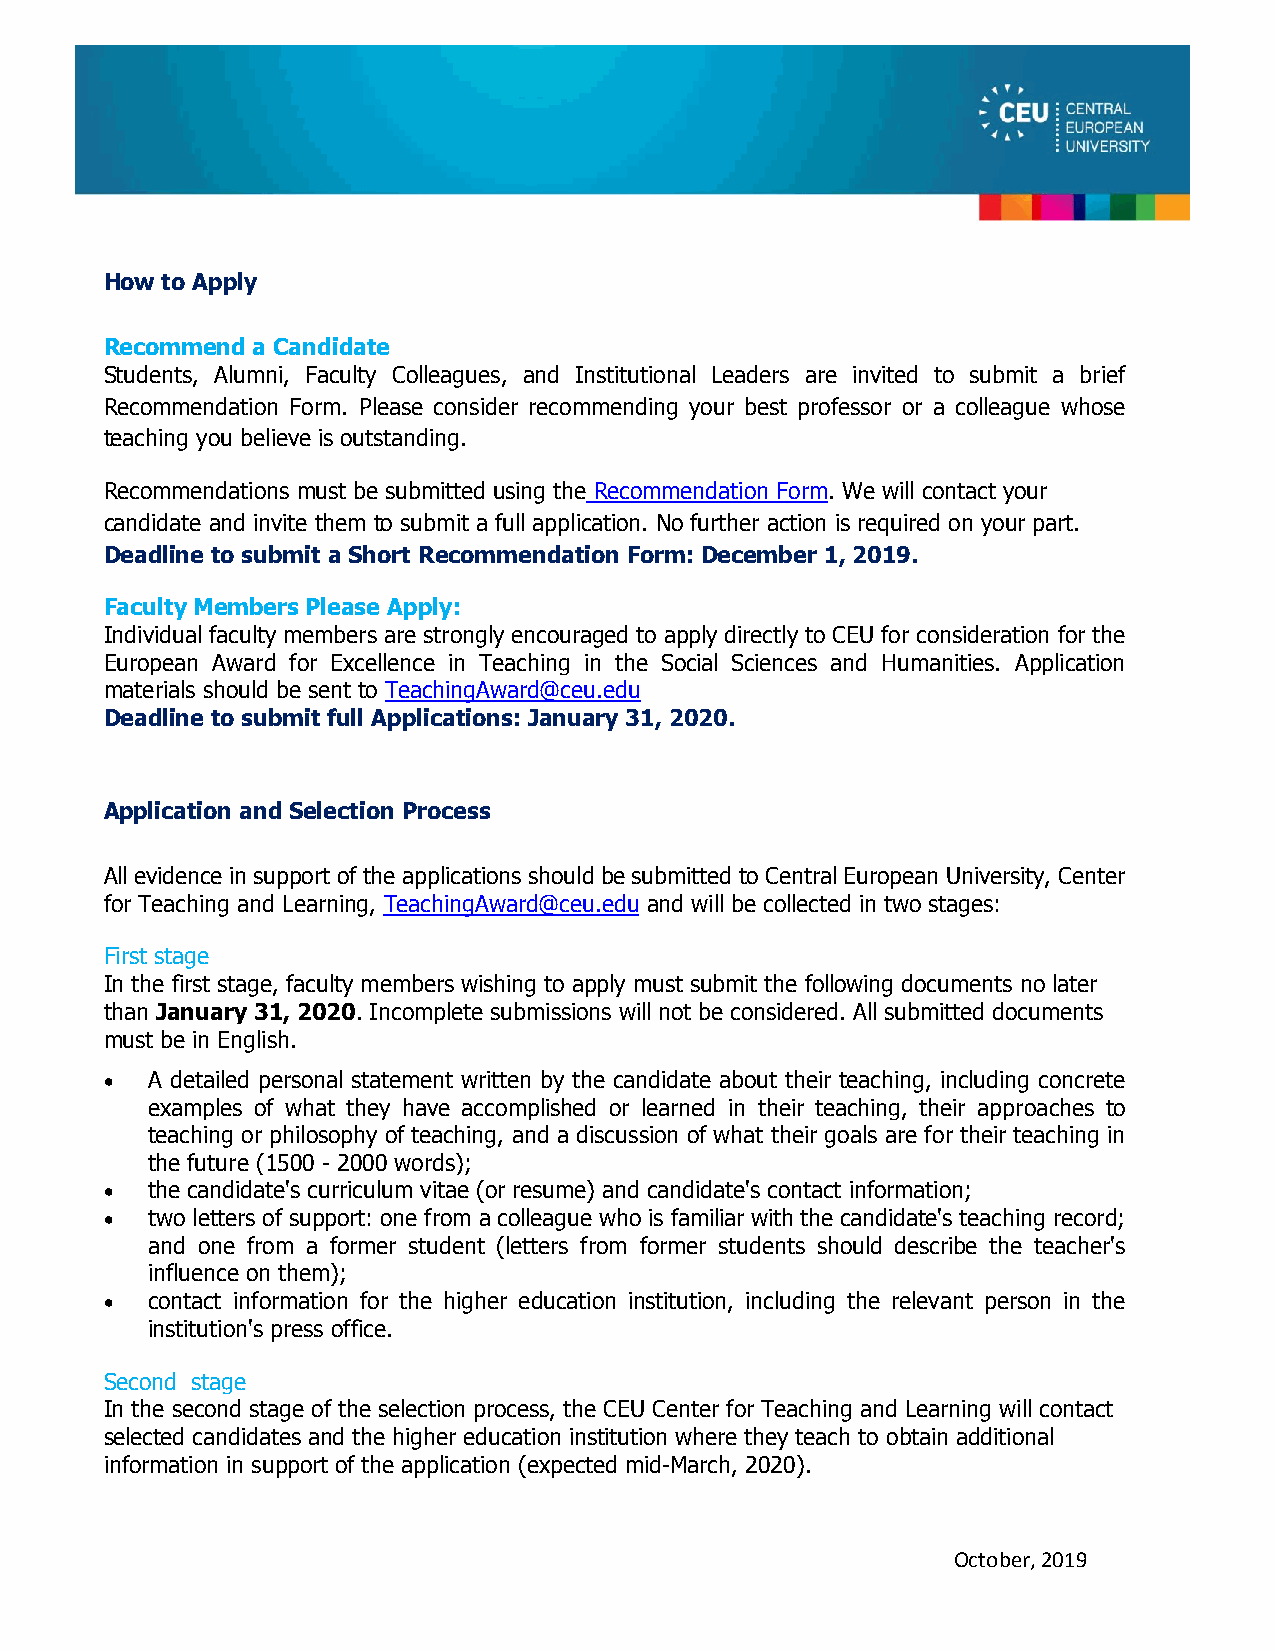
How to Apply
 Recommend a Candidate
 Students, Alumni, Faculty Colleagues, and Institutional Leaders are invited to submit a brief
 Recommendation Form. Please consider recommending your best professor or a colleague whose
 teaching you believe is outstanding.
 Recommendations must be submitted using the Recommendation Form. We will contact your
 candidate and invite them to submit a full application. No further action is required on your part.
 Deadline to submit a Short Recommendation Form: December 1, 2019.
 Faculty Members Please Apply:
 Individual faculty members are strongly encouraged to apply directly to CEU for consideration for the
 European Award for Excellence in Teaching in the Social Sciences and Humanities. Application
 materials should be sent to TeachingAward@ceu.edu
 Deadline to submit full Applications: January 31, 2020.
 Application and Selection Process
 All evidence in support of the applications should be submitted to Central European University, Center
 for Teaching and Learning, TeachingAward@ceu.edu and will be collected in two stages:
 First stage
 In the first stage, faculty members wishing to apply must submit the following documents no later
 than January 31, 2020. Incomplete submissions will not be considered. All submitted documents
 must be in English.
   A detailed personal statement written by the candidate about their teaching, including concrete
 examples of what they have accomplished or learned in their teaching, their approaches to
 teaching or philosophy of teaching, and a discussion of what their goals are for their teaching in
 the future (1500 - 2000 words);
   the candidate's curriculum vitae (or resume) and candidate's contact information;
   two letters of support: one from a colleague who is familiar with the candidate's teaching record;
 and one from a former student (letters from former students should describe the teacher's
 influence on them);
   contact information for the higher education institution, including the relevant person in the
 institution's press office.
 Second stage
 In the second stage of the selection process, the CEU Center for Teaching and Learning will contact
 selected candidates and the higher education institution where they teach to obtain additional
 information in support of the application (expected mid-March, 2020).
 October, 2019